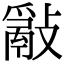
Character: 𢿮